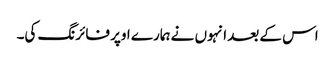
اس کے بعد انہوں نے ہمارے اوپر فائرنگ کی۔